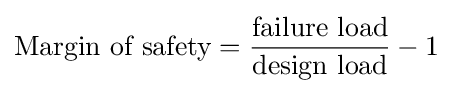
{\text{Margin of safety}}={\frac {\text{failure load}}{\text{design load}}}-1